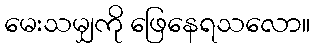
မေးသမျှကို ဖြေနေရသလော။